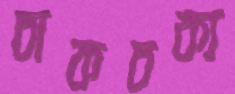
চাকচক্য